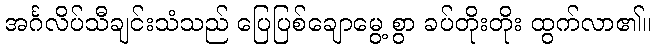
အင်္ဂလိပ်သီချင်းသံသည် ပြေပြစ်ချောမွေ့ စွာ ခပ်တိုးတိုး ထွက်လာ၏။